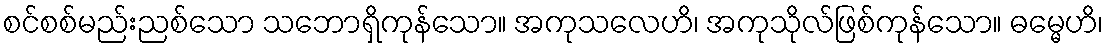
စင်စစ်မည်းညစ်သော သဘောရှိကုန်သော။ အကုသလေဟိ၊ အကုသိုလ်ဖြစ်ကုန်သော။ ဓမ္မေဟိ၊